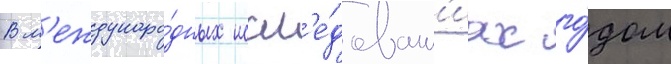
В м'еждунаро́дных иссл'е́дован'иах го́дом